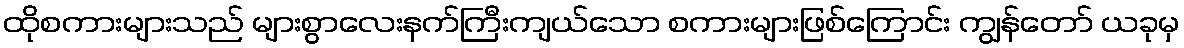
ထိုစကားများသည် များစွာလေးနက်ကြီးကျယ်သော စကားများဖြစ်ကြောင်း ကျွန်တော် ယခုမှ